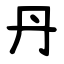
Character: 丹